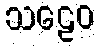
သဠေဝ